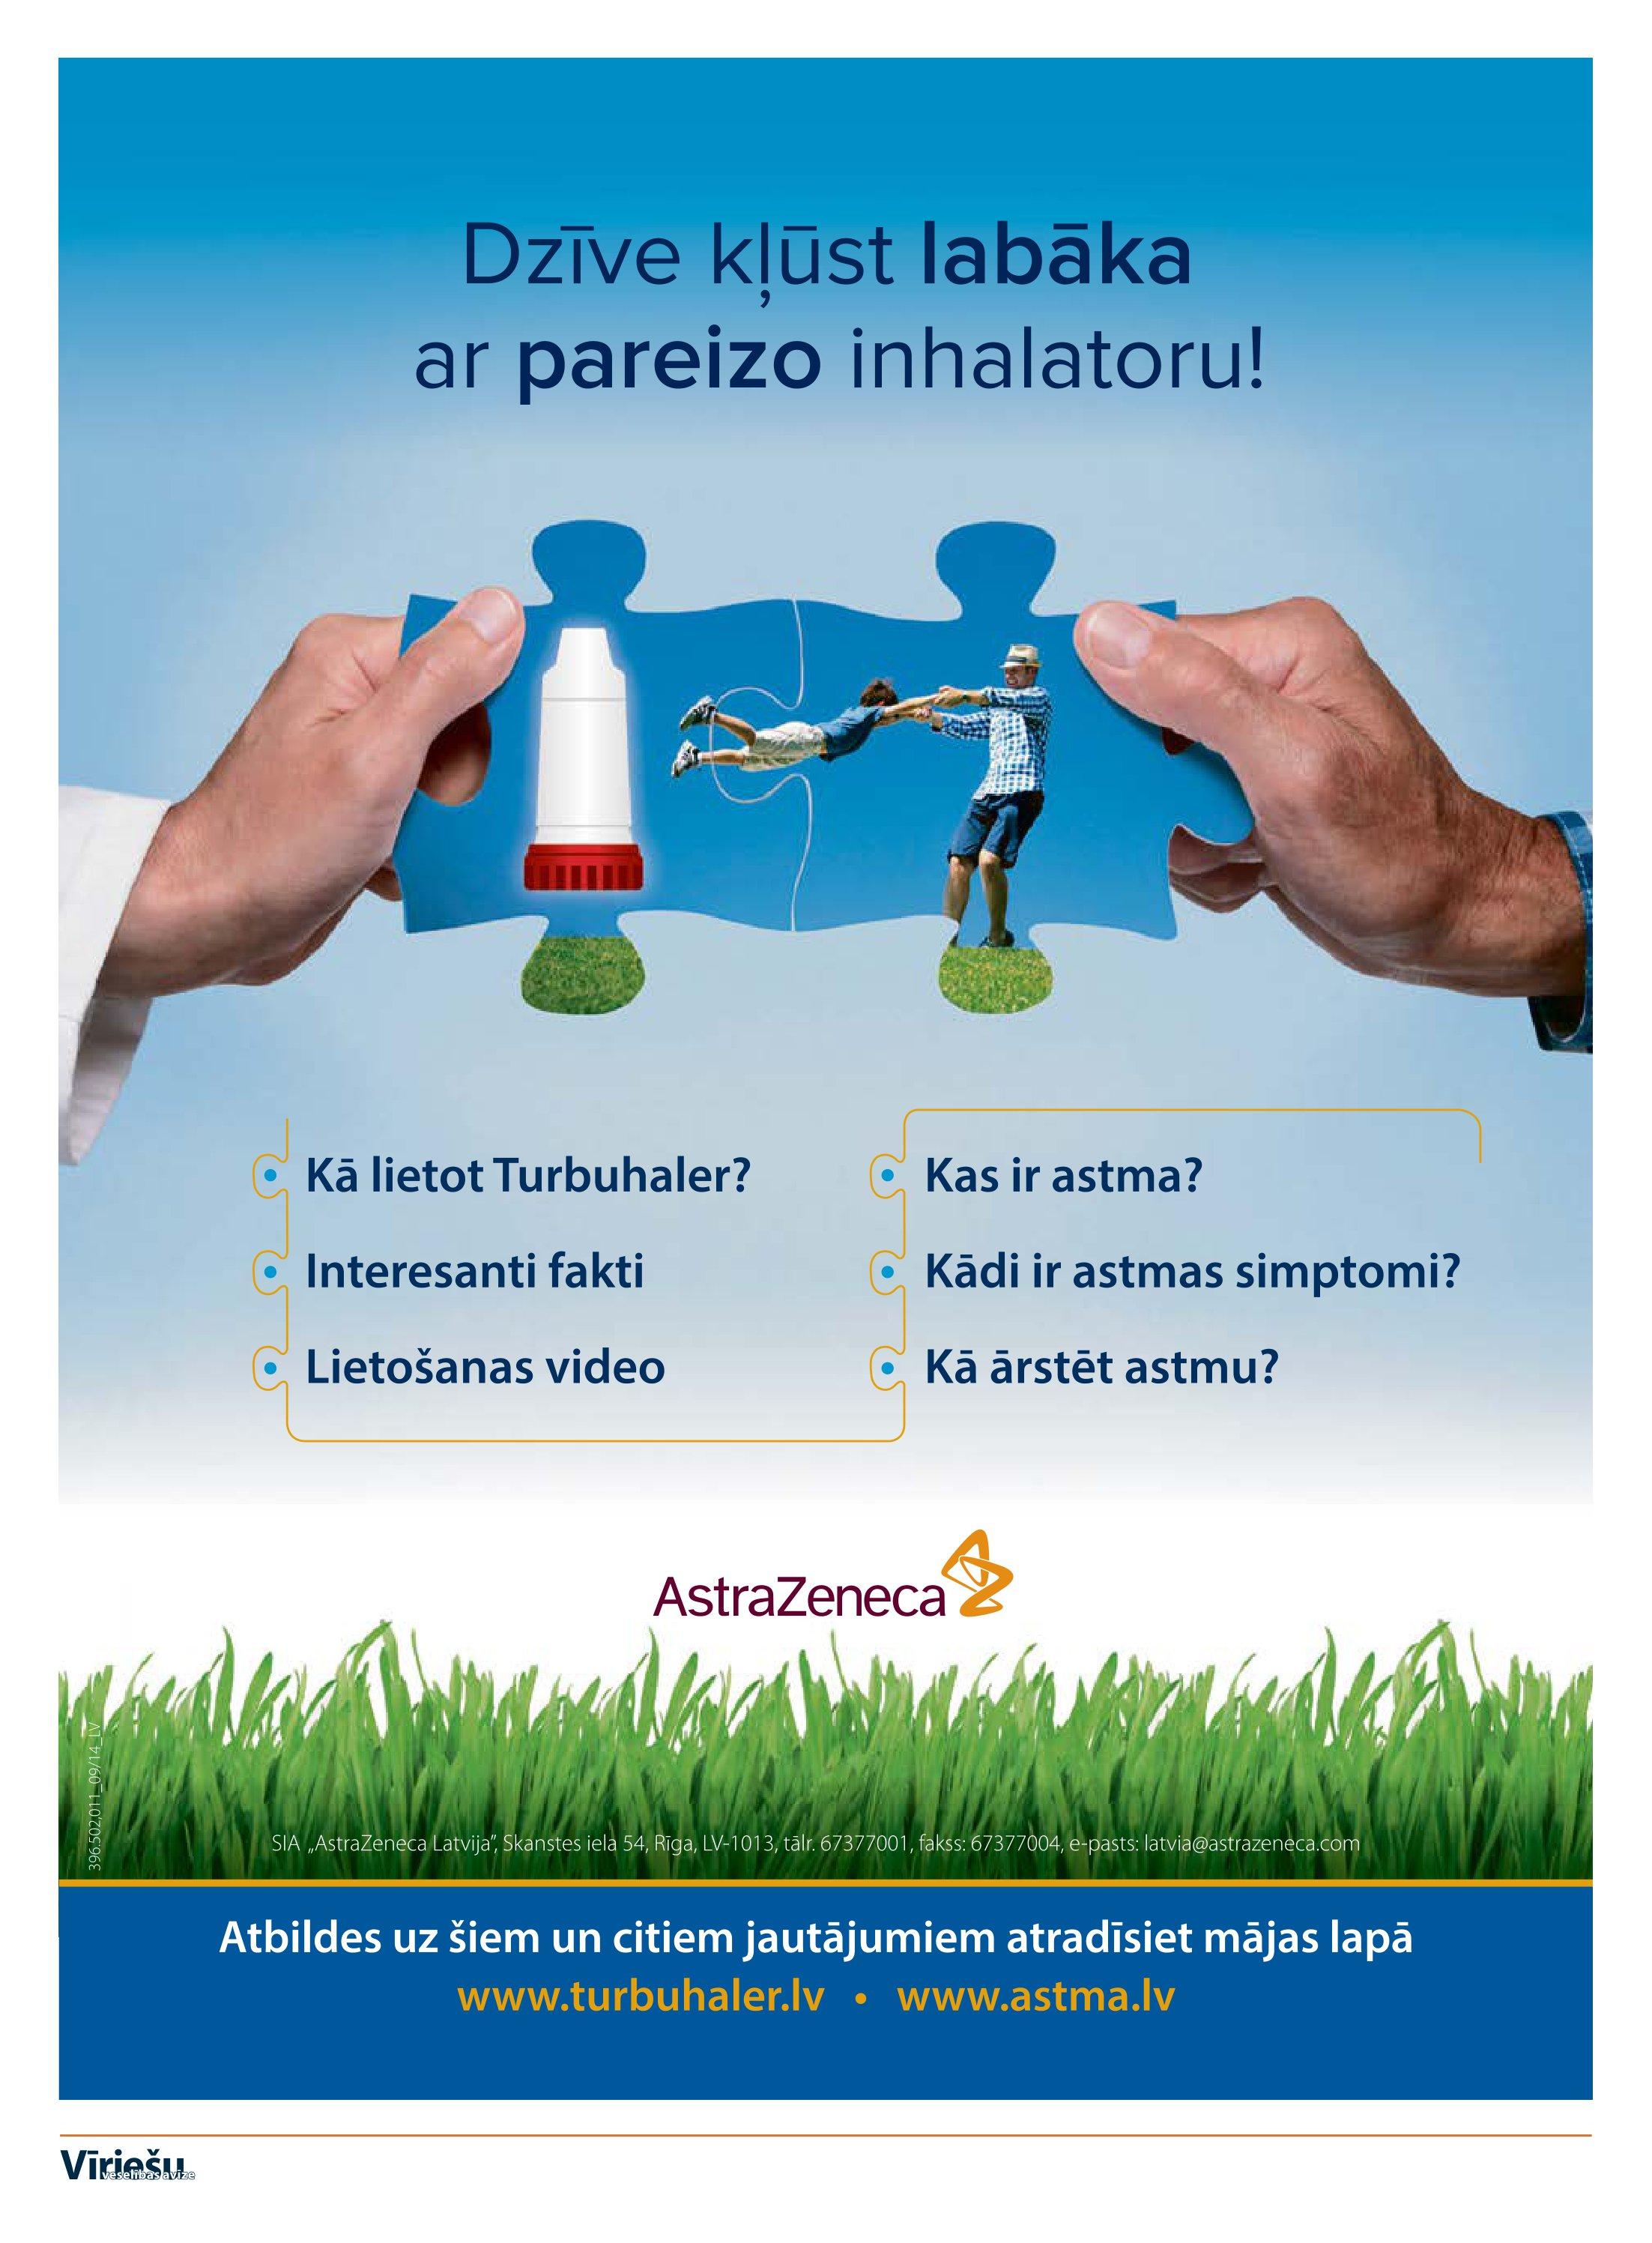
Language: lv